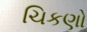
ચિકણો